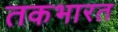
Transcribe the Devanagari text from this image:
तकभारत